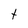
Character: t